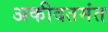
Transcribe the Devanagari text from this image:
अकीदतमंत